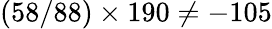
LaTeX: (58/88)\times 190\neq-105